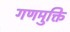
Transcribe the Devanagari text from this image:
गणमुक्ति